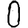
Digit: 0